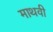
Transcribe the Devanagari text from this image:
माथवी